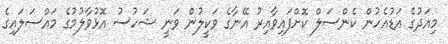
މިއަދުގެ އަޑުއެހުން ކެންސަލް ކޮށްފައިވާއިރު އޭނާގެ ވަކީލުން ވަނީ ޝަހުސު އޮޅުވާލުމުގެ މައްސަލައިގެ